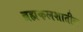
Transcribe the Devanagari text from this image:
ब्रह्मकलशातील